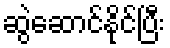
ဆွဲဆောင်နိုင်ပြီး